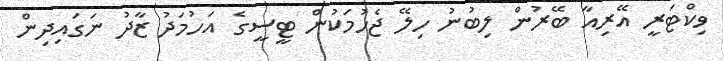
ވިކްޓަރީ އޭރިއާ ބޭރުން ލިބުނު ހިލޭ ޖެހުމަކުން ޓީސީގެ އަހުމަދު ޒާދު ނަގައިދިން